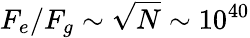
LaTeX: F_{e}/F_{g}\sim\sqrt{N}\sim 10^{40}